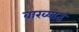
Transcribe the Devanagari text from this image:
वाख्यात